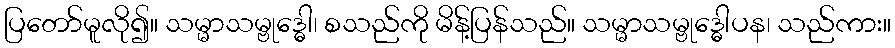
ပြတော်မူလို၍။ သမ္မာသမ္ဗုဒ္ဓေါ၊ စသည်ကို မိန့်ပြန်သည်။ သမ္မာသမ္ဗုဒ္ဓေါပန၊ သည်ကား။